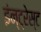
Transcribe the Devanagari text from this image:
इंन्ट्रेस्ट